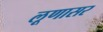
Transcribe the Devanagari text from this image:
लूणासर